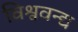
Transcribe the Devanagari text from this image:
विश्ववन्द्य